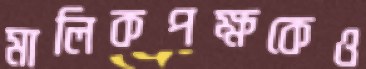
মালিকপক্ষকেও